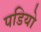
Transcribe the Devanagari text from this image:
पडियो